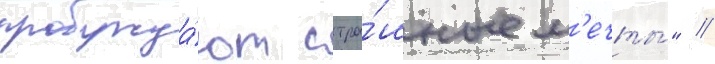
пробужда́ют стра́шные м'ечты́" //